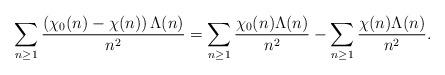
LaTeX: \begin{align*}\sum _{n \geq 1} \frac{\left(\chi_0(n) - \chi(n) \right )\Lambda (n)}{n^2}= \sum _{n \geq 1} \frac{\chi_0(n)\Lambda (n)}{n^2} -\sum _{n \geq 1} \frac{\chi(n)\Lambda (n) }{n^2}.\end{align*}